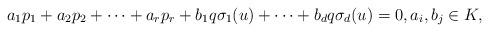
LaTeX: \begin{align*}a_1 p_1+a_2 p_2+\cdots+a_r p_r+b_1q\sigma_1(u)+\cdots+b_d q \sigma_d(u)=0,a_i, b_j\in K,\end{align*}